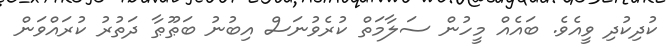
ކުދިކުދި ވީއެވެ. ބައެއް މީހުން ސަލާމަތް ކުރެވުނަސް އިބުނު ބަޠޫޠާ ދަތުރު ކުރައްވަން